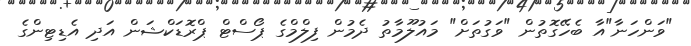
"ވަންހަނާ"އާ ބެހޭގޮތުން "ވަގުތަށް" މައުލޫމާތު ދެމުން ފިލްމްގެ ޕޯސްޓް ޕްރޮޑަކްޝަން އަދި އެޑިޓިންގެ